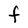
Character: F